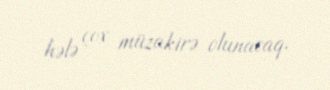
hələ çox müzakirə olunacaq.